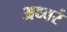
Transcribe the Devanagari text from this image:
अध्वरं